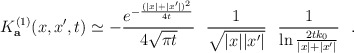
\begin{align*}K^{(1)}_{\bf a} (x,x',t)\simeq -{e^{-{(|x|+|x'|)^2\over 4t}}\over 4\sqrt{\pi t}}~~{1\over \sqrt{|x||x'|}}~~{1\over \ln {2tk_0\over |x|+|x'|}}~~.\end{align*}